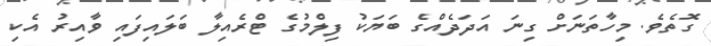
ގޮތެވެ. މިހާތަނަށް ގިނަ އަދަދެއްގެ ބަޔަކު ފިލްމުގެ ޓްރެއިލާ ބަލައިފައި ވާއިރު އެކި